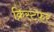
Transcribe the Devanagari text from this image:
क्रिस्टफ़र